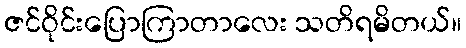
ဇင်ဝိုင်းပြောကြာတာလေး သတိရမိတယ်။